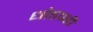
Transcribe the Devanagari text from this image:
धोडपही